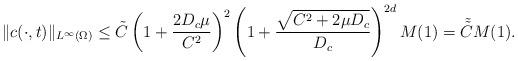
LaTeX: \begin{align*} \|c(\cdot,t)\|_{L^{\infty}(\Omega)}\leq \tilde C \left( 1 + \frac{2D_c \mu}{C^2}\right)^{2} \left( 1 + \frac{\sqrt{C^2+2\mu D_c}}{D_c}\right)^{2d}M(1) = \tilde{\tilde C} M(1).\end{align*}